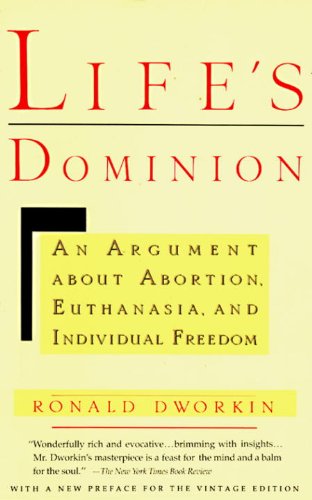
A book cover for Life's Dominion: An Argument About Abortion, Euthanasia, and Individual Freedom; Ronald Dworkin; Medical Books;